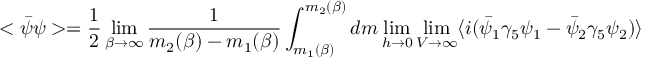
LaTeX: < \bar { \psi } \psi > = { \frac { 1 } { 2 } } \operatorname * { l i m } _ { \beta \rightarrow \infty } { \frac { 1 } { m _ { 2 } ( \beta ) - m _ { 1 } ( \beta ) } } \int _ { m _ { 1 } ( \beta ) } ^ { m _ { 2 } ( \beta ) } d m \operatorname * { l i m } _ { h \rightarrow 0 } \operatorname * { l i m } _ { V \rightarrow \infty } \langle i ( \bar { \psi } _ { 1 } \gamma _ { 5 } \psi _ { 1 } - \bar { \psi } _ { 2 } \gamma _ { 5 } \psi _ { 2 } ) \rangle